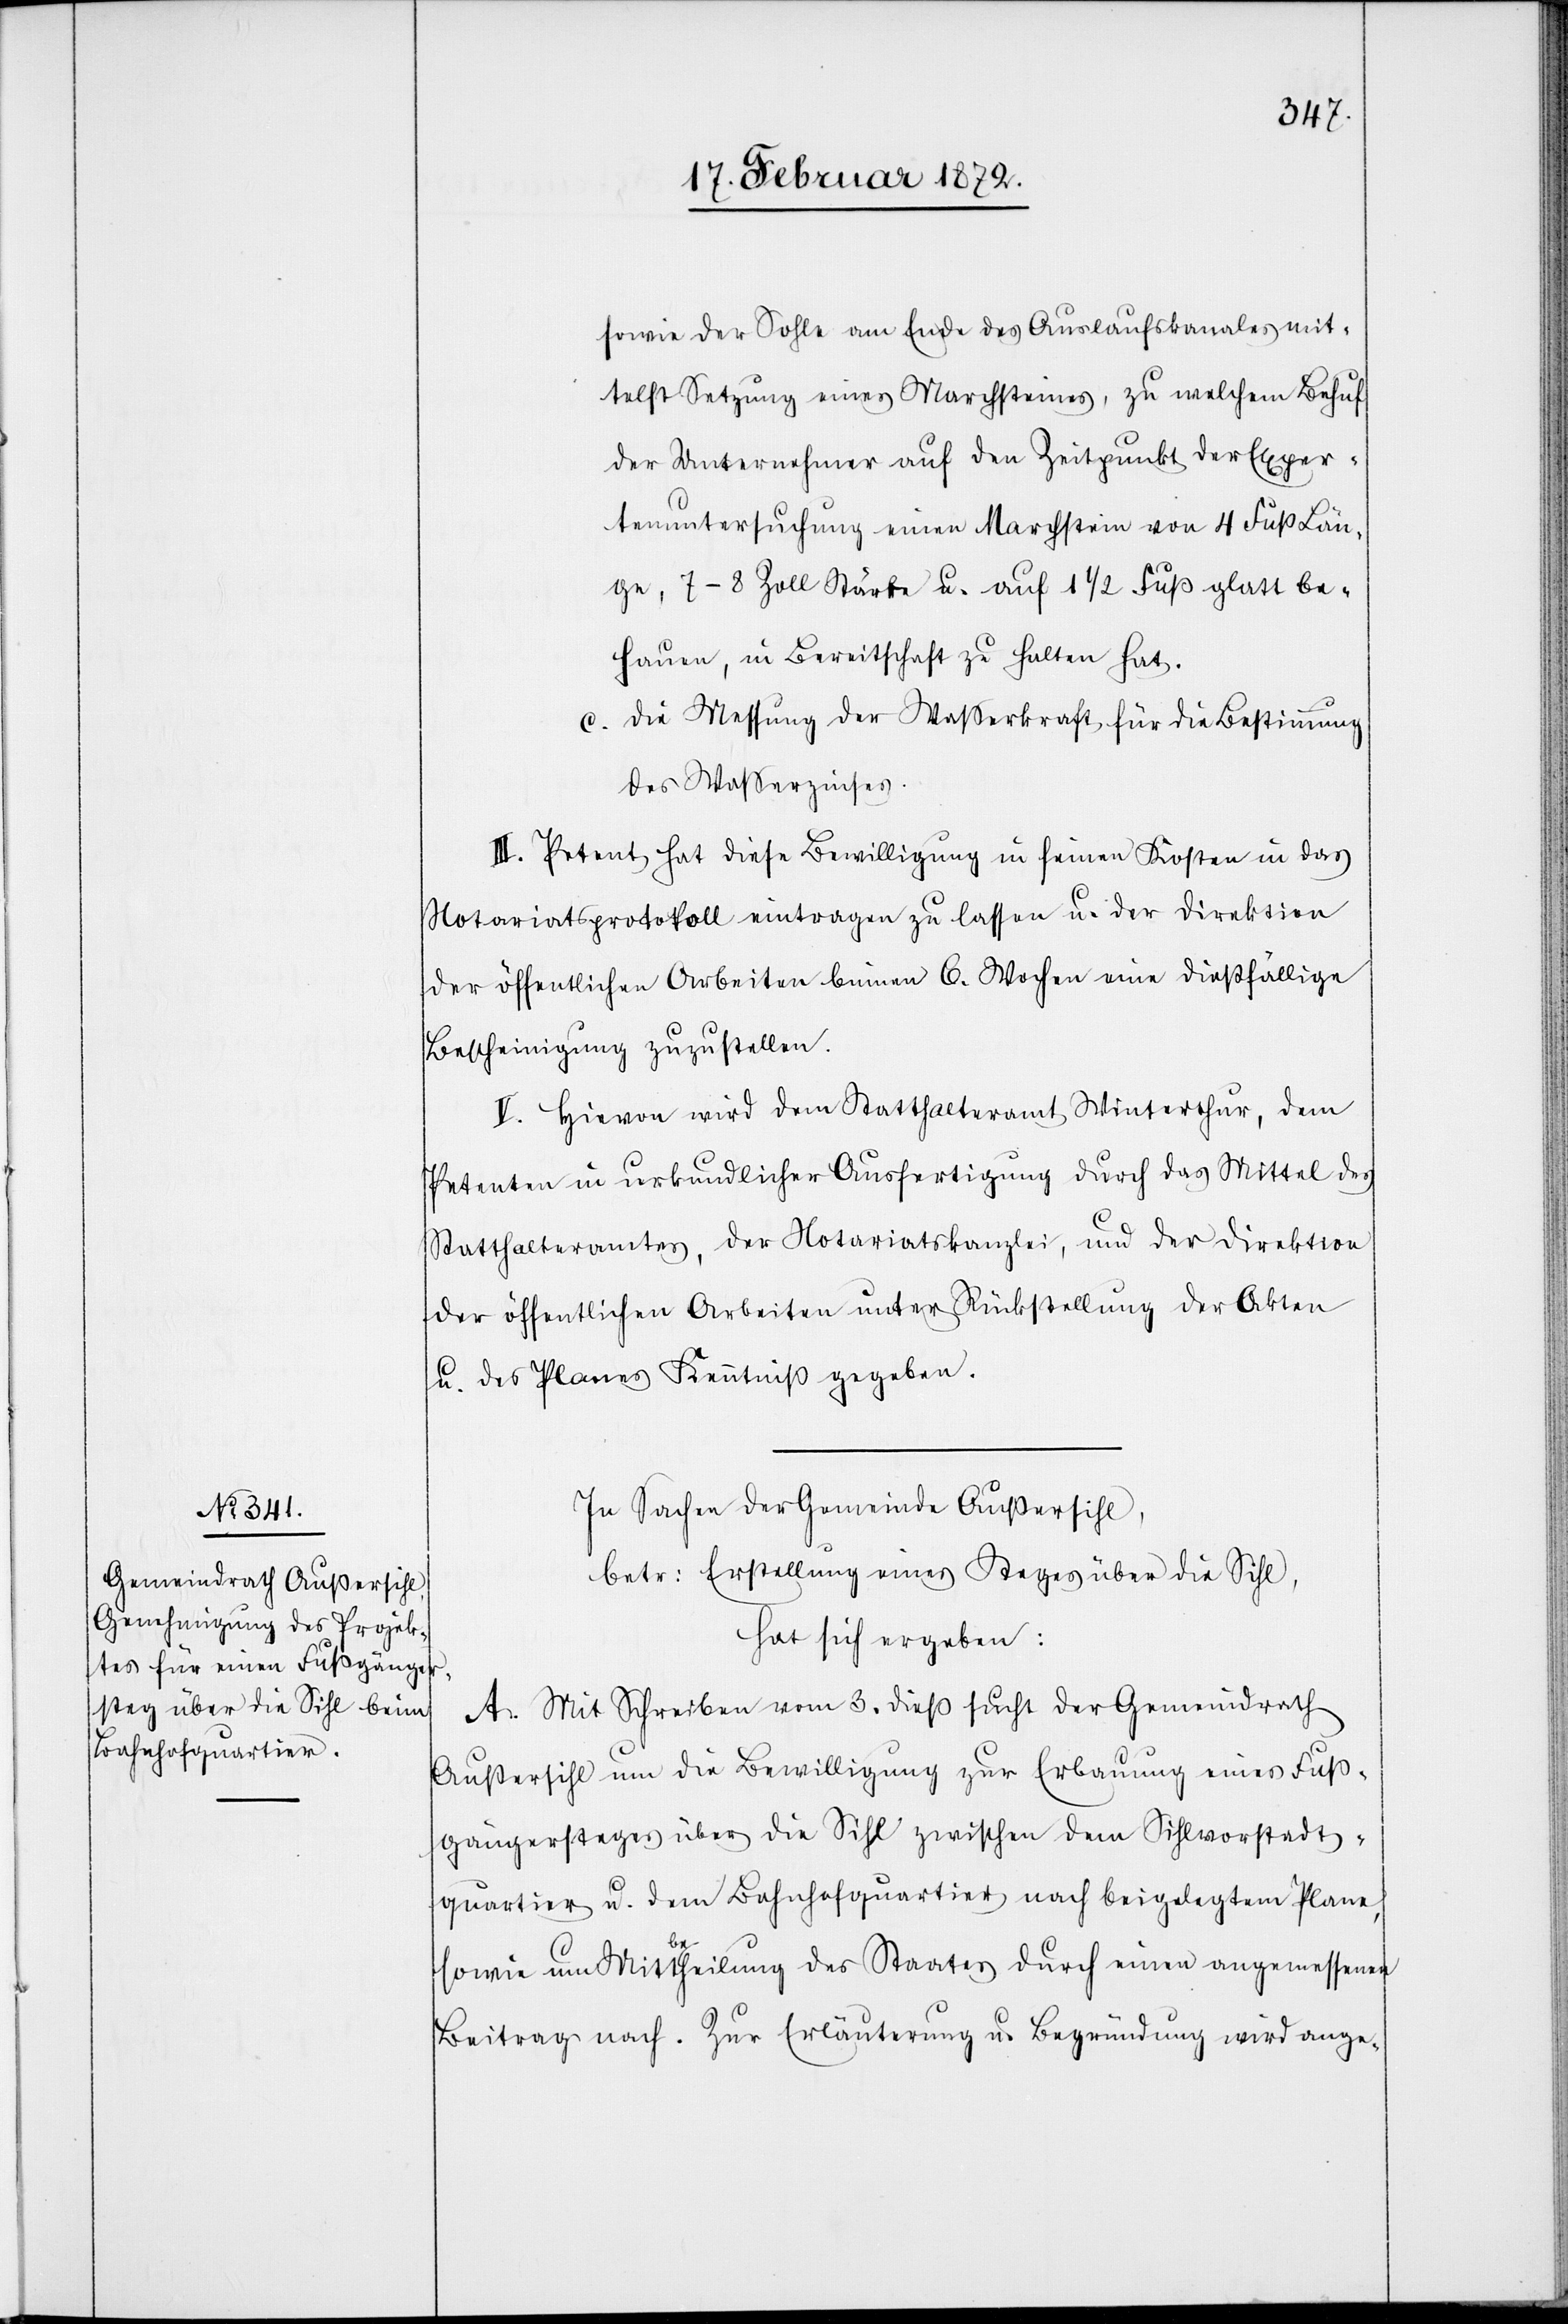
sowie der Sohle am Ende des Auslaufskanales mit¬
telst Setzung eines Marchsteines, zu welchem Behuf
der Unternehmer auf den Zeitpunkt der Exper¬
tenuntersuchung einen Marchstein von 4 Fuß Län¬
ge, 7–8 Zoll Stärke u. auf 1 1/2 Fuß glatt be¬
hauen, in Bereitschaft zu halten hat.
c. Die Messung der Wasserkraft für die Bestimmung
des Wasserzinses.
III. Petent hat diese Bewilligung in seinen Kosten in das
Notariatsprotokoll eintragen zu lassen u. der Direktion
der öffentlichen Arbeiten binnen 6. Wochen eine dießfällige
Bescheinigung zuzustellen.
[sic!] Hievon wird dem Statthalteramt Winterthur, dem
Petenten in urkundlicher Ausfertigung durch das Mittel des
Statthalteramtes, der Notariatskanzlei, und der Direktion
der öffentlichen Arbeiten unter Rückstellung der Akten
u. des Planes Kenntniß gegeben.
In Sachen der Gemeinde Außersihl,
betr. Erstellung eines Steges über die Sihl,
hat sich ergeben:
A. Mit Schreiben vom 3. dieß sucht der Gemeindrath
Außersihl um die Bewilligung zur Erbauung eines Fuß¬
gängersteges über die Sihl zwischen dem Sihlvorstadt¬
quartier u. dem Bahnhofquartier nach beigelegtem Plane,
sowie um Mittbetheil[ig]ung des Staates durch einen angemessenen
Beitrag nach. Zur Erläuterung u. Begründung wird ange-